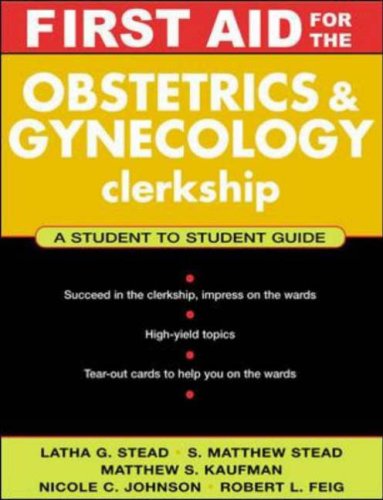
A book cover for First Aid for the Obstetrics & Gynecology Clerkship; Robert L. Feig; Education & Teaching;